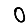
Digit: 0